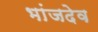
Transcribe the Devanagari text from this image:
भांजदेव